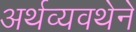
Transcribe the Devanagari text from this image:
अर्थव्यवथेने